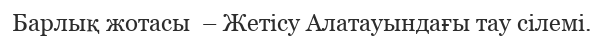
Барлық жотасы  – Жетісу Алатауындағы тау сілемі.